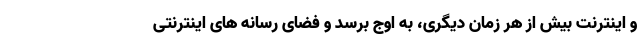
و اینترنت بیش از هر زمان دیگری، به اوج برسد و فضای رسانه های اینترنتی